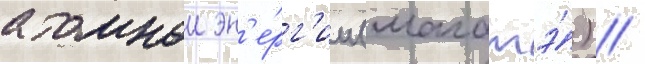
атомнои эн'е́рг'ии (магатэ́) //